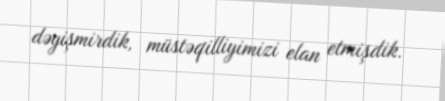
dəyişmirdik, müstəqilliyimizi elan etmişdik.